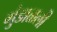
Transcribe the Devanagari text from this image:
गुंडाळली